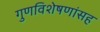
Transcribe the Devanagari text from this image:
गुणविशेषणांसह